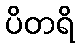
ပိတရိ